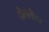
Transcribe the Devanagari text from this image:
दौलतीवर